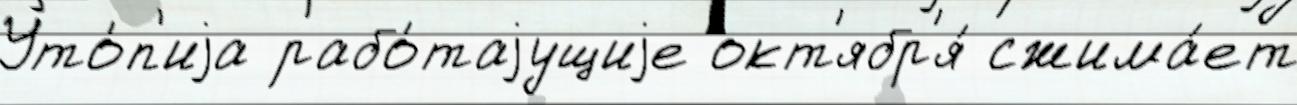
Уто́п'иjа рабо́таjущиjе окт'ябр'я́ сжима́ет